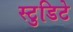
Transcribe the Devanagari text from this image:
स्टुडिटे